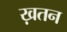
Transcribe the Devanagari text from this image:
ख़तन